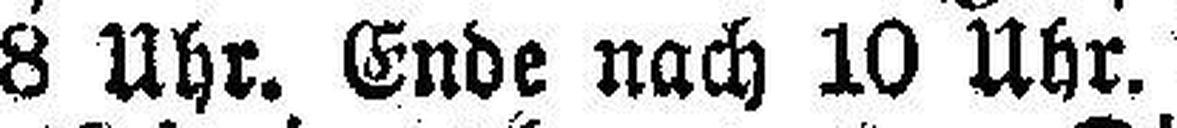
8 Uhr. Ende nach 10 Uhr.